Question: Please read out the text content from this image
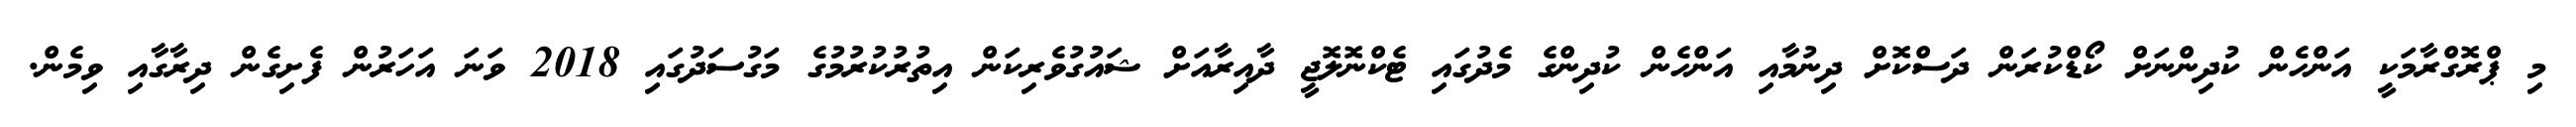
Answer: މި ޕްރޮގްރާމަކީ އަންހެން ކުދިންނަށް ކޯޑްކުރަން ދަސްކޮށް ދިނުމާއި އަންހެން ކުދިންގެ މެދުގައި ޓެކްނޮލޮޖީ ދާއިރާއަށް ޝައުގުވެރިކަން އިތުރުކުރުމުގެ މަގުސަދުގައި 2018 ވަނަ އަހަރުން ފެށިގެން ދިރާގާއި ވިމެން.